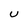
Character: U